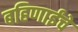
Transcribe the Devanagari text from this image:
बहिणाईंचे